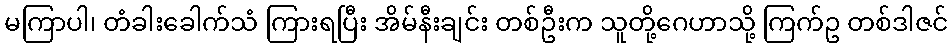
မကြာပါ၊ တံခါးခေါက်သံ ကြားရပြီး အိမ်နီးချင်း တစ်ဦးက သူတို့ဂေဟာသို့ ကြက်ဥ တစ်ဒါဇင်